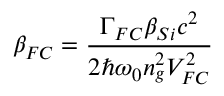
\beta _ { F C } = \frac { \Gamma _ { F C } \beta _ { S i } c ^ { 2 } } { 2 \hbar \omega _ { 0 } n _ { g } ^ { 2 } V _ { F C } ^ { 2 } }